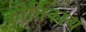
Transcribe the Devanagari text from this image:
कीर्तिकाव्य